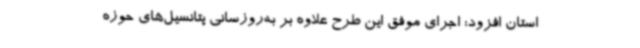
استان افزود: اجرای موفق این طرح علاوه بر به‌روزسانی پتانسیل‌های حوزه